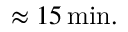
\approx 1 5 \, \mathrm { m i n . }